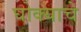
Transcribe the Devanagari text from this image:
घोक्याचे